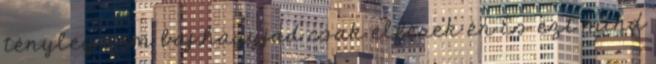
tényleg nem baj,hagyjad csak elférek én És ezt mind